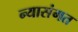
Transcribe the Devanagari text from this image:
न्यासंगत